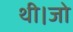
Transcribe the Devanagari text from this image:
थी।जो